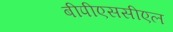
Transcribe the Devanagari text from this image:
बीपीएससीएल